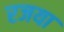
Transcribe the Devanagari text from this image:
रजया